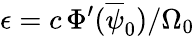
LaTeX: \epsilon=c\, \Phi^{\prime}(\overline{{\psi}}_{0})/\Omega_{0}